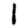
Digit: 1